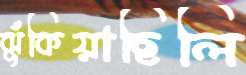
ঝুঁকিয়াছিলি